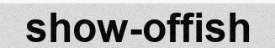
show-offish